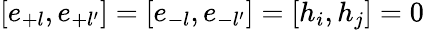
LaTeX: [e_{+l},e_{+l^{\prime}}]=[e_{-l},e_{-l^{\prime}}]=[h_{i},h_{j}]=0